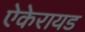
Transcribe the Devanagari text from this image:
ऐकेरायड